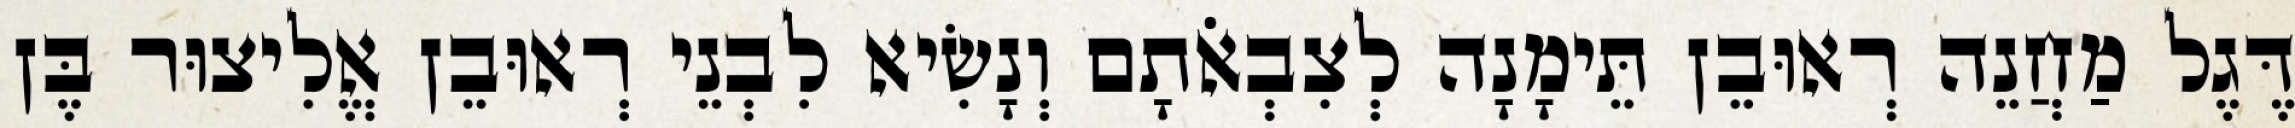
דֶּגֶל מַחֲנֵה רְאוּבֵן תֵּימָנָה לְצִבְאֹתָם וְנָשִׂיא לִבְנֵי רְאוּבֵן אֱלִיצוּר בֶּן